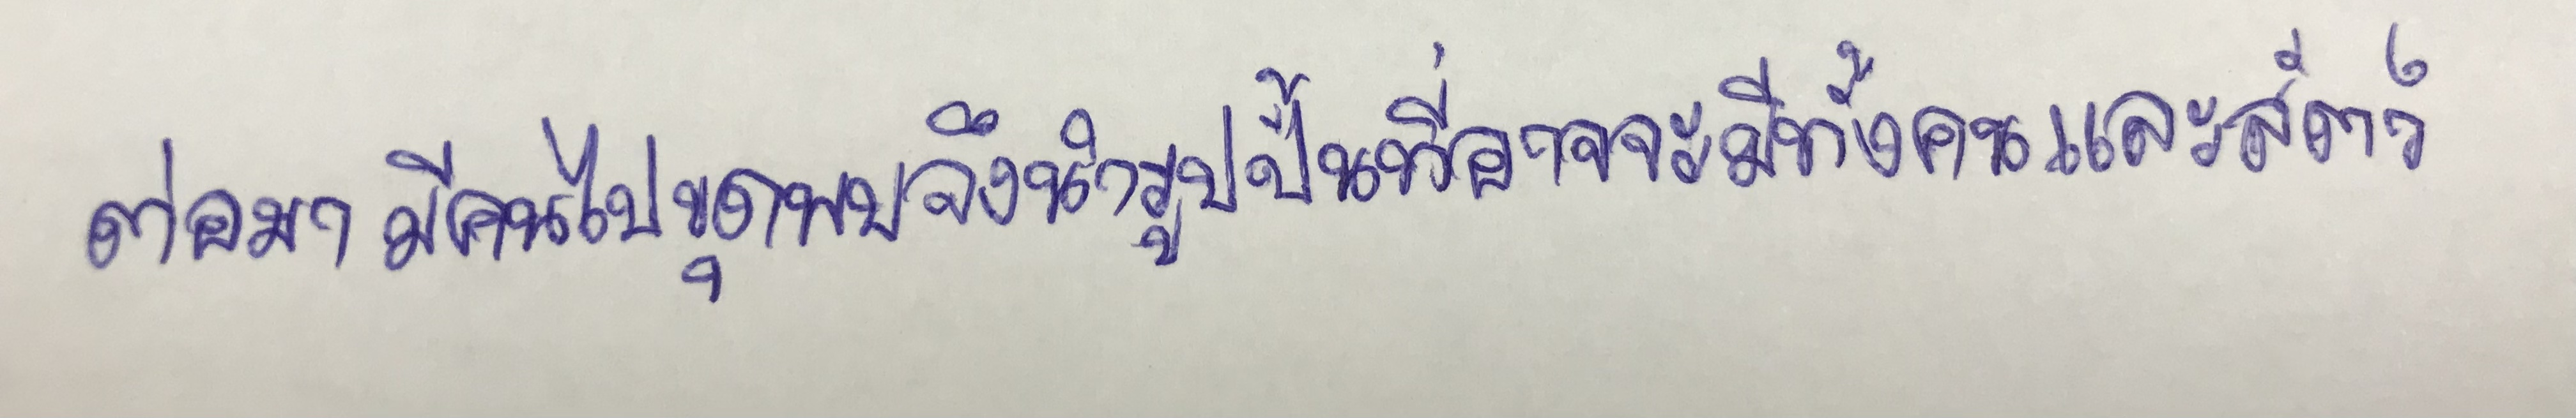
ต่อมามีคนไปขุดพบจึงนำรูปปั้นที่อาจจะมีทั้งคนและสัตว์